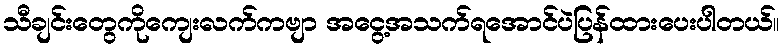
သီချင်းတွေကိုကျေးလက်ကဗျာ အငွေ့အသက်ရအောင်ပဲပြန်ထားပေးပါတယ်။